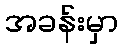
အခန်းမှာ